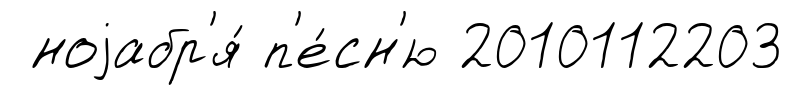
ноjабр'я́ п'е́сн'ю 2010112203